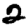
Digit: 2